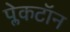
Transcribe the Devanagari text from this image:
प्लेकटॉन